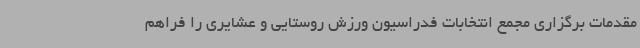
مقدمات برگزاری مجمع انتخابات فدراسیون ورزش روستایی و عشایری را فراهم